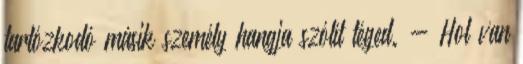
tartózkodó másik személy hangja szólít téged. - Hol van